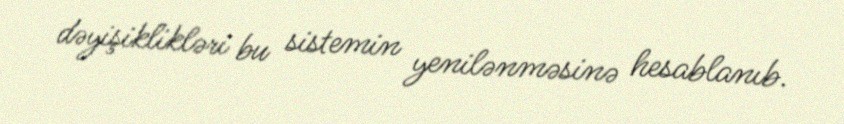
dəyişiklikləri bu sistemin yenilənməsinə hesablanıb.